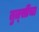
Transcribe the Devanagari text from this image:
तुत्‍सींचा